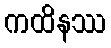
ကထိနဿ